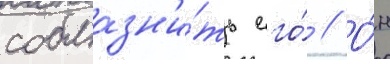
соблазн'и́ть его́ // О́н